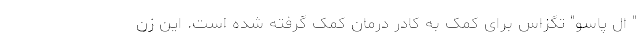
" ال پاسو" تگزاس برای کمک به کادر درمان کمک گرفته شده است. این زن